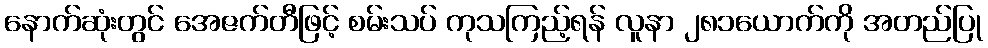
နောက်ဆုံးတွင် အေဇက်တီဖြင့် စမ်းသပ် ကုသကြည့်ရန် လူနာ ၂၈၁ယောက်ကို အတည်ပြု